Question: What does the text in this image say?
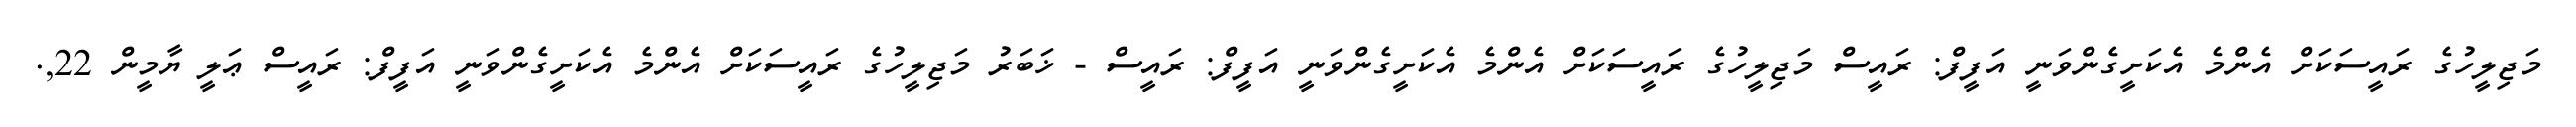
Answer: މަޖިލީހުގެ ރައީސަކަށް އެންމެ އެކަށީގެންވަނީ އަފީފް: ރައީސް މަޖިލީހުގެ ރައީސަކަށް އެންމެ އެކަށީގެންވަނީ އަފީފް: ރައީސް - ޚަބަރު މަޖިލީހުގެ ރައީސަކަށް އެންމެ އެކަށީގެންވަނީ އަފީފް: ރައީސް ޢަލީ ޔާމީން 22,.